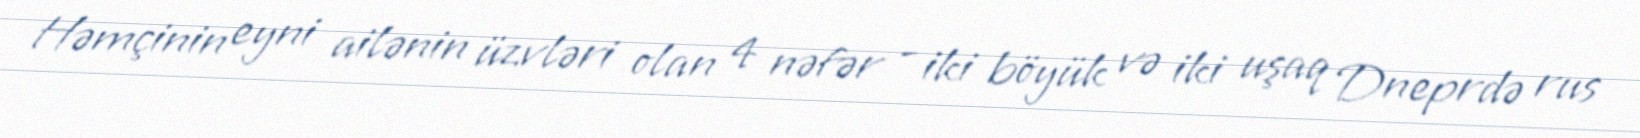
Həmçinin eyni ailənin üzvləri olan 4 nəfər - iki böyük və iki uşaq Dneprdə rus